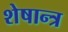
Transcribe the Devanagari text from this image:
शेषान्त्र